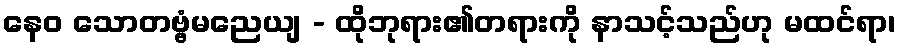
နေဝ သောတဗ္ဗံမညေယျ - ထိုဘုရား၏တရားကို နာသင့်သည်ဟု မထင်ရာ၊